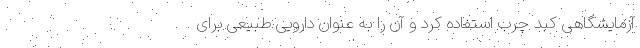
آزمایشگاهی کبد چرب استفاده کرد و آن را به عنوان دارویی طبیعی برای